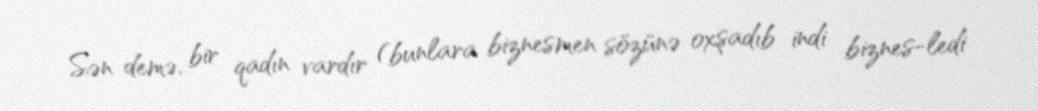
Sən demə, bir qadın vardır (bunlara biznesmen sözünə oxşadıb indi biznes-ledi